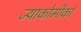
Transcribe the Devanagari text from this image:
ज्याकोमीको